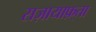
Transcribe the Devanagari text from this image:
सज़ायाफ़्ता